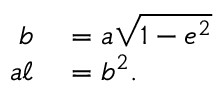
\begin{array} { r l } { b } & { { } = a { \sqrt { 1 - e ^ { 2 } } } \, \! } \\ { a \ell } & { { } = b ^ { 2 } . \, \! } \end{array}